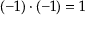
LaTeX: ( - 1 ) \cdot ( - 1 ) = 1